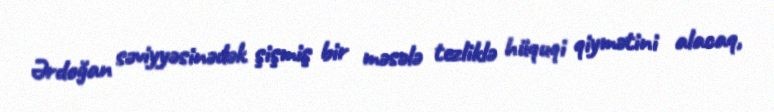
Ərdoğan səviyyəsinədək şişmiş bir məsələ tezliklə hüquqi qiymətini alacaq,